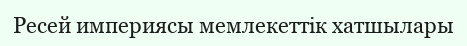
Ресей империясы мемлекеттік хатшылары